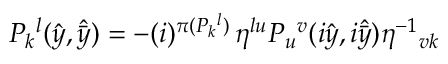
P _ { k } { } ^ { l } ( \hat { y } , \hat { \bar { y } } ) = - ( i ) ^ { \pi ( P _ { k } { } ^ { l } ) } \, \eta ^ { l u } P _ { u } { } ^ { v } ( i \hat { y } , i \hat { \bar { y } } ) \eta ^ { - 1 } { } _ { v k }